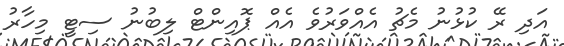
އަދި ރޭ ކުޅުނު މެޗު އެއްވަރުވެ އެއް ޕޮއިންޓް ލިބުނު ސިޓީ މިހާރު